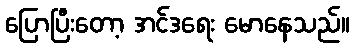
ပြောပြီးတော့ အင်ဒရေး မောနေသည်။